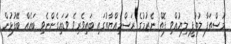
މުސްތަފާ ލުތުފީ ލިޔުއްވި ފޮތް ނެރުމުގެ ރަސްމިއްޔާތުގައި ބައިވެރިވެ ވަޑައިގެންނެވި ބައެއް ބޭފުޅުން